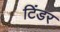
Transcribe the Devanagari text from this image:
टिंडर